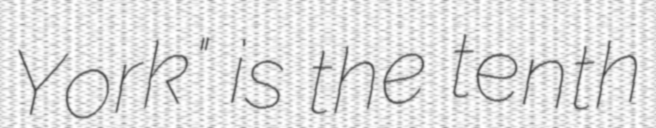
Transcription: York" is the tenth